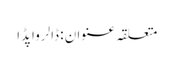
متعلقہ عنوان : ڈالرواپڈا